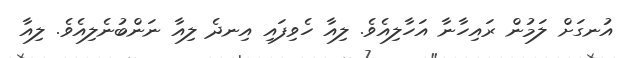
އުނގަށް ލަމުން ރައިހާނާ އަހާލިއެވެ. ލިއާ ހެވިފައި އިނދެ ލިއާ ނަންބުނެލިއެވެ. ލިއާ